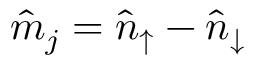
\hat { m } _ { j } = \hat { n } _ { \uparrow } - \hat { n } _ { \downarrow }